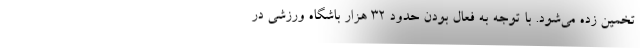
تخمین زده می‌شود. با توجه به فعال بودن حدود ۳۲ هزار باشگاه ورزشی در